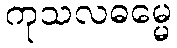
ကုသလဓမ္မေ